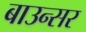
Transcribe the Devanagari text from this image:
बाउन्सर